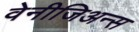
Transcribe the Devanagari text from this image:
वेनीजिअन्स